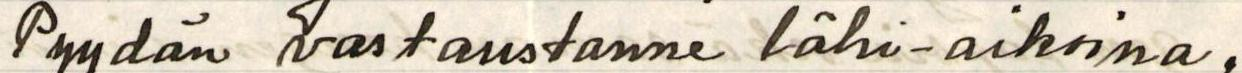
Pyydän vastaustanne lähi-aikoina,